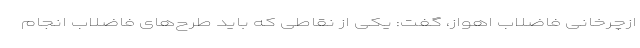
ازچرخانی فاضلاب اهواز، گفت: یکی از نقاطی که باید طرح‌های فاضلاب انجام